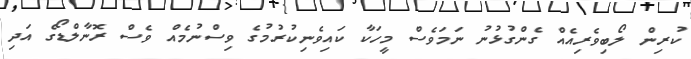
ކުރިން ލޯބިވެރިއެއް ގެންގުޅުނު ނަމަވެސް މީހަކާ ކައިވެނިކުރުމުގެ ވިސްނުމެއް ވެސް ރޮނާލްޑޯގެ އަދި